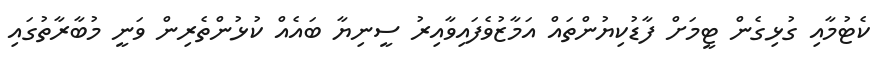
ކެޓުމާއި ގުޅިގެން ޓީމަށް ފާޑުކިޔުންތައް އަމާޒުވެފައިވާއިރު ސީނިޔާ ބައެއް ކުޅުންތެރިން ވަނީ މުބާރާތުގައި